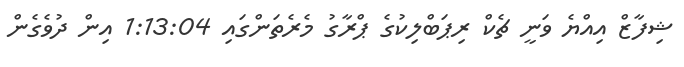
ޝިފާޒް އިއްޔެ ވަނީ ޗެކް ރިޕަބްލިކުގެ ޕްރާގު މެރެތަންގައި 1:13:04 އިން ދުވެގެން